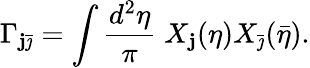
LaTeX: \Gamma_{\mathbf{j}\bar{{\jmath}}}=\int\frac{{d^{2}\eta}}{{\pi}}\; X_{\mathbf{j}}(\eta)X_{\bar{{\jmath}}}(\bar{{\eta}}).